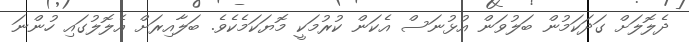
ދެލޮލަށް ގަދަކަމުން ބަލުވަން އުޅުނަސް އެކަން ކުރުމަކީ މޮޔަކަމެކެވެ. ބަލާއިރަށް އެލޮލުގައި ހުންނަ